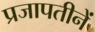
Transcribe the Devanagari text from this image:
प्रजापतीनें